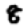
Digit: 8